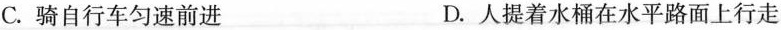
C.骑自行车匀速前进 D.人提着水桶在水平路面上行走